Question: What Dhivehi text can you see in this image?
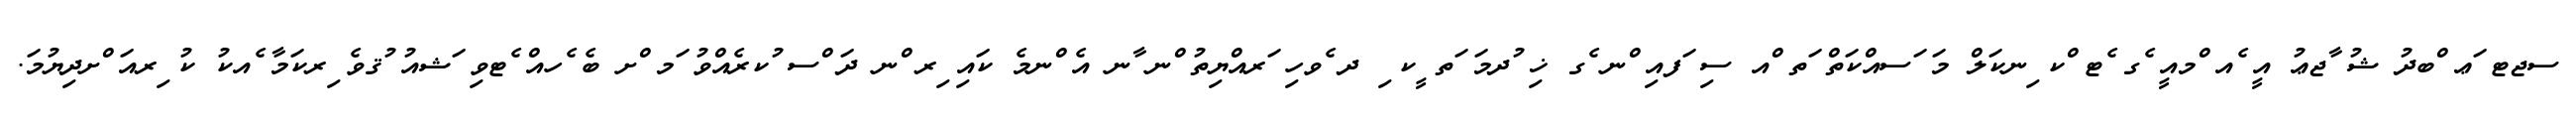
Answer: ސޖޓ ަޢ ްބދު ޝު ާޖޢު އީ ެއ ްމއީ ެގ ެޓ ްކ ިނކަލް މަ ަސއްކަތް ަތ ްއ ސި ަފއި ްނ ެގ ޚި ުދމަ ަތ ީކ ި ދ ެވހި ަރއްޔިތު ްނ ާނ އެ ްނމެ ކައި ިރ ްނ ދަ ްސ ުކރެއްވު ަމ ްށ ބެ ެހއް ެޓވި ަޝއު ުޤވެ ިރކަމާ ެއކު ކު ިރއަ ްށދިޔުމަ.